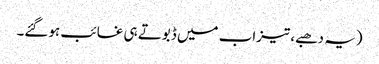
(یہ دھبے، تیزاب میں ڈبوتے ہی غائب ہوگئے۔